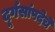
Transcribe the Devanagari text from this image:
दूर्गसांपदेचे